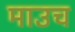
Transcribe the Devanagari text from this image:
माउच